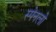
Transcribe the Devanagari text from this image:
स्पेनलो